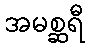
အမစ္ဆရီ